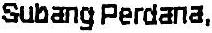
SUBANG PERDANA,